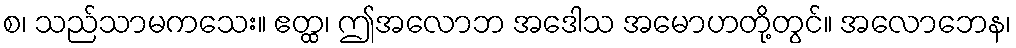
စ၊ သည်သာမကသေး။ ဧတ္ထ၊ ဤအလောဘ အဒေါသ အမောဟတို့တွင်။ အလောဘေန၊